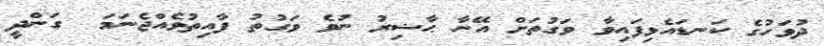
ދުވަހުގެ ކަނޑައެޅިފައިވާ ވަގުތަށް އޭނާ ޙާޟިރު ނުވެ ވަގުތު ފާއިތުވެއްޖެނަމަ  ގަންދީ